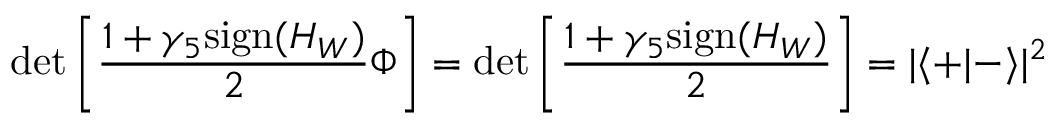
\operatorname * { d e t } \left[ \frac { 1 + \gamma _ { 5 } \mathrm { s i g n } { ( H _ { W } ) } } { 2 } \Phi \right] = \operatorname * { d e t } \left[ \frac { 1 + \gamma _ { 5 } \mathrm { s i g n } { ( H _ { W } ) } } { 2 } \right] = | \langle + | - \rangle | ^ { 2 }